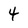
Character: 4